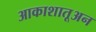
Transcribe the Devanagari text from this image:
आकाशातूअन